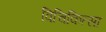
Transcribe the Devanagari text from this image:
विचिकित्सा